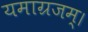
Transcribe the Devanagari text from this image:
यमाग्रजम्।